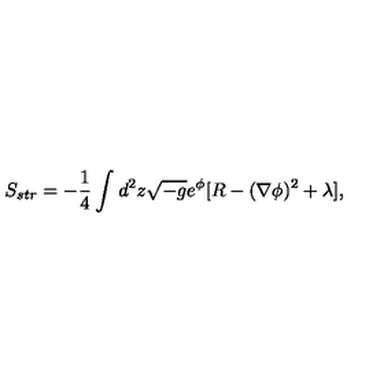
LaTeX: S _ { s t r } = - { \frac { 1 } { 4 } } \int _ { } ^ { } d ^ { 2 } z \sqrt { - g } e ^ { \phi } [ R - ( \nabla \phi ) ^ { 2 } + \lambda ] ,